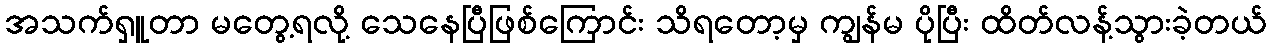
အသက်ရှူတာ မတွေ့ရလို့ သေနေပြီဖြစ်ကြောင်း သိရတော့မှ ကျွန်မ ပိုပြီး ထိတ်လန့်သွားခဲ့တယ်